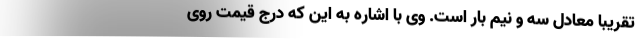
تقریبا معادل سه و نیم بار است. وی با اشاره به این که درج قیمت روی